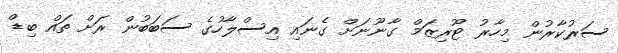
ސަރުކާރުން މިހާރު ޓޫރިޒަމް ގާނޫނަށް ގެނައި އިސްލާހުގެ ސަބަބުން ރަށް ތައް ބިޑް